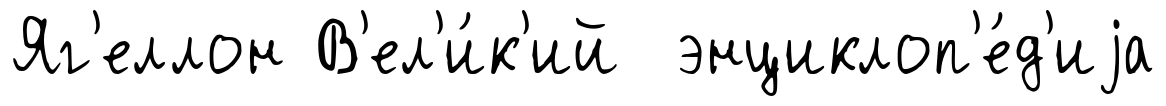
Яг'еллон В'ел'и́к'ий энциклоп'е́д'иjа